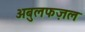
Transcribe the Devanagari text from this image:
अबुलफज़ल